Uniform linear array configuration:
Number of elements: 24
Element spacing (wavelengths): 0.5
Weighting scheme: exponential
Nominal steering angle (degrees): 15
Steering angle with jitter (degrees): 15.873
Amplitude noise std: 0.05
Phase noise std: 0.05

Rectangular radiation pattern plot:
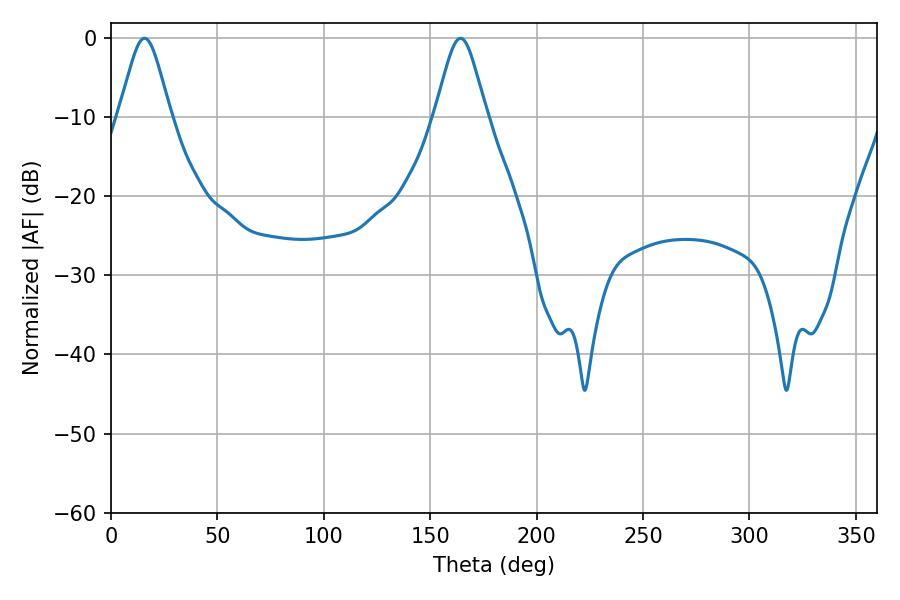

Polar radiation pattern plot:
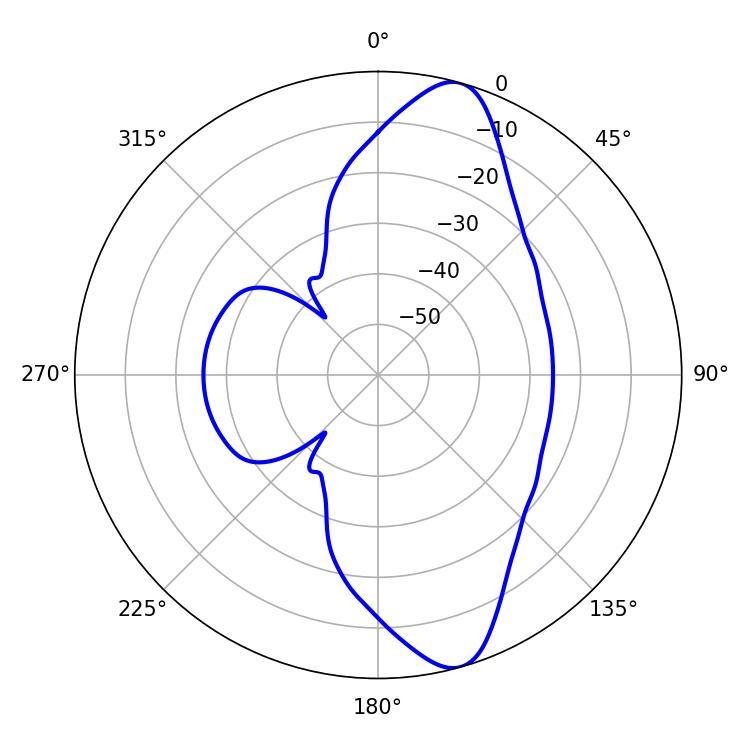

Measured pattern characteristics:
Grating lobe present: FALSE
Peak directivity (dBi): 11.574
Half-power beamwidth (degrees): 11.7
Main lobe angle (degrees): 15.84